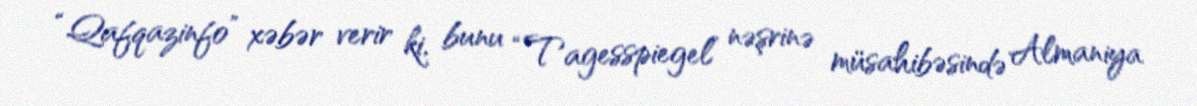
“Qafqazinfo” xəbər verir ki, bunu “Tagesspiegel” nəşrinə müsahibəsində Almaniya